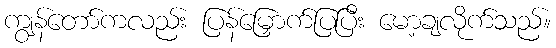
ကျွန်တော်ကလည်း ပြန်မြှောက်ပြပြီး မော့ချလိုက်သည်။